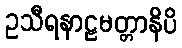
ဥသီရနာဠမတ္တာနိပိ